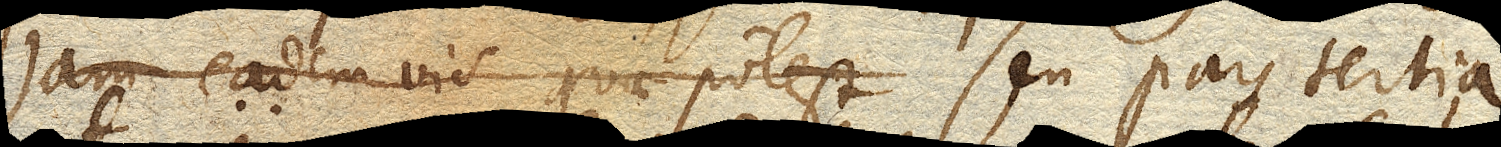
jam eadem vis quae potest seu pars tertia